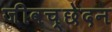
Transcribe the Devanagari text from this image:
जीवच्छेदन